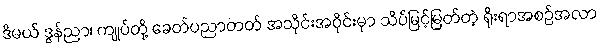
ဒီမယ် ဒွန်ညာ၊ ကျုပ်တို့ ခေတ်ပညာတတ် အသိုင်းအဝိုင်းမှာ သိပ်မြင့်မြတ်တဲ့ ရိုးရာအစဉ်အလာ